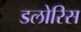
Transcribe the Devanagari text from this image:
डलोरिस